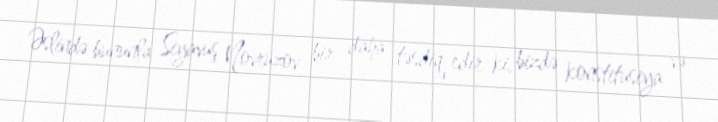
Əslində bununla Siyavuş Novruzov bir daha təsdiq edir ki, bizdə konstitusiya və